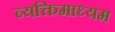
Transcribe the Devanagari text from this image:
व्यक्तिमाध्यम